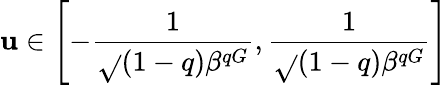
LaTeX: \mathbf{u}\in\left[-\frac{{1}}{{\sqrt{}{{(1-q)\beta^{qG}}}}},\frac{{1}}{{\sqrt{}{{(1-q)\beta^{qG}}}}}\right]